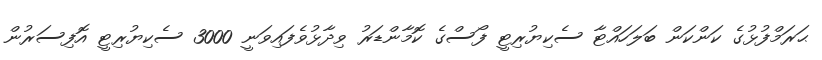
ޙަރަމްފުޅުގެ ކަންކަން ބަލަހައްޓާ ސެކިޔުރިޓީ ފޯސްގެ ކޮމާންޑަރު ވިދާޅުވެފައިވަނީ 3000 ސެކިޔުރިޓީ އޮފިސަރުން